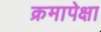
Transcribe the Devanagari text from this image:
क्रमापेक्षा